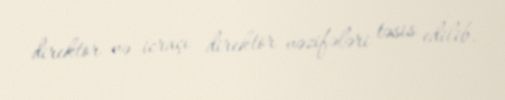
direktor və icraçı direktor vəzifələri təsis edilib.